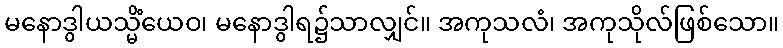
မနောဒွါယသ္မိံယေဝ၊ မနောဒွါရ၌သာလျှင်။ အကုသလံ၊ အကုသိုလ်ဖြစ်သော။